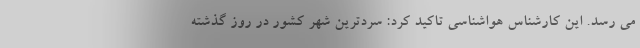
می رسد. این کارشناس هواشناسی تاکید کرد: سردترین شهر کشور در روز گذشته